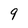
Character: 9